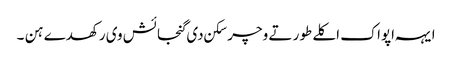
ایہہ اپواک اکلے طور تے وچر سکن دی گنجائش وی رکھدے ہن ۔